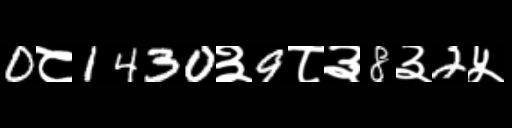
Text: 0८1430३9८३8३2५